Vital statistics of India. Vol. V, Reports of 1876 on armies & jails and on epidemic cholera
Year: 1876
Disease focus: Cholera
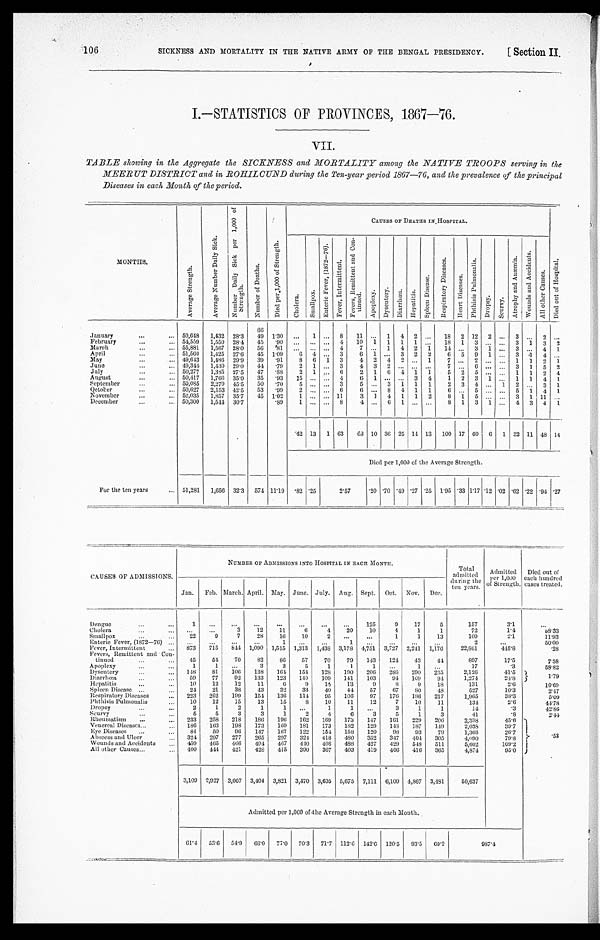
SICKNESS AND MORTALITY IN THE NATIVE ARMY OF THE BENGAL PRESIDENCY.
106
Section II.
I.—STATISTICS OF PROVINCES, 1867—76.
VII.
TABLE showing in the Aggregate the SICKNESS and MORTALITY among the NATIVE TROOPS serving in the
MEERUT DISTRICT and in ROHILCUND during the Ten-year period 1867—76, and the prevalence of the principal
Diseases in each Month of the period.
MONTHS.
A v e r a g e S t r e n g t h .
A v e r a g e N u m b e r D a i l y S i c k .
N u m b e r D a i l y S i c k p e r 1 , 0 0 0 o f S t r e n g t h .
N u m b e r o f D e a t h s .
D i e d p e r 1 , 0 0 0 o f S t r e n t h .
CAUSES OF DEATHS IN HOSPITAL.
D i e d o u t o f H o s p i t a l .
C h o l e r a .
S m a l l p o x .
E n t e r i c F e v e r , ( 1 8 7 2 - 7 6 )
F e v e r , I n t e r mi t t e d .
F e v e r s , R e n i t t e n t a n d C o n - i n u e d . A p o p l e x y .
A p o p l e x y .
D y s e n t e r y .
D i a r r h œ a .
H e p a t i t i s .
S p l e e n D i s e a s e .
R e s p i r a t o r y D i s e a s e s .
H e a r t D i s e a s e s .
P h t h i s i s P u l m o n a l i s .
D r o p s y .
S c u r v y .
A t r o p h y a n d A n æ m i a .
W o u n d s a n d A c c i d e n t s .
A l l o t h e r C a u s e s .
66
January . . .
50,648
1,432
28.3
49
1.30
. . .
1
. . . 8
11
. . . 1
4
2
. . .
18
2 12
2
. . . 3
. . . 2
. . .
February . . .
54,559
1,550 28.4
45
.90
. . .
. . .
. . . 4
10
1
1
1
1
. . .
18
1
3
. . .
. . . 3
1
3
2
March . . .
55,881
1,567
28.0
56
.81
. . .
. . .
. . . 4
7
. . . 1
4
2
1
11
. . . 3
1
. . . 3
. . . 4
1
April . . .
51,560
1,425
27.6
45
1.09
6
4
. . . 3
6
1
. . . 3
2
2
6
5
9
1
. . . 3
1
4
. . .
May . . .
49,643
1,486
29.9
39
.91
8
6
1
3
4
2
4
5
. . . 1
7
. . . 2
. . .
. . . 1
1
2
1
June . . .
49,344
1,430
29.0
44
.79
2
1
. . . 3
4
3
2
. . .
. . .
. . .
7
. . .
6
. . .
. . . 3
1
5
2
July . . .
50,277
1,385 27.5
47
. 8 8
2
1
. . . 6
2
1
6
4
1
1
5
2
5
. . .
. . . 1
1
2
4
August . . .
50,417
1,766
35.0
35
.93
15
. . .
. . . 4
6 1
. . .
. . . 3
4
1
2
3
1
. . . 1
1
4
1
September . . .
50,085
2,279
45.5
50
.70
5
. . .
. . . 3
5
. . . 3
1
1
1
2
3
4
. . . 1
2
. . . 3
1
October . . .
50,627
2,153 42.5
53
.99
2
. . .
. . . 6
6
. . . 8
4
1
1
6
. . . 5
. . .
. . . 5
1
4
1
November . . .
52,035
1,857
35.7
45
1.02
1
. . .
. . . 11
3
1
4
1
1
2
8
1
5
. . .
. . . 3
1 11
. . .
December . . .
50,300
1,544 30.7
.89
1
. . .
. . . 8
4
. . . 6
1
. . .
. . .
8
1
3
1
. . . 4
3
4
1
42 13
1 63
6 8 10 36 25 11 13
100 17 60
6
1 32 11 48 14
Died per 1,000 of the Average Strength.
For the ten years . . . 51,281
1,656 32.3
574 11.19
.82 .25
2.57
.20 .70 .49 .27 .25
1.95 .33 1.17 .12 .02 .62 .22 .94 .27
CAUSES OF ADMISSIONS.
NUMBER OF ADMISSIONS INTO HOSPITAL IN EACH MONTH.
Total
admitted
during the
ten years.
Admitted
per 1,000
of Strength.
Died out of
each hundred
cases treated.
Jan.
Feb. March. April. May. June. July.
Aug. Sept.
Oct.
Nov.
Dec.
Dengue . . .
1
. . .
. . .
. . .
. . .
. . .
. . .
. . .
125
9
17
5
157
3.1
. . .
Cholera . . .
. . .
. . .
3
12
11
6
4
20
10
4
1
1
72
1.4
58.33
Smallpox . . .
22
9
7
28
16
10
2
. . .
. . .
1
1
13
109
2.1
11.93
Enteric Fever, (1872—70) . . .
. . .
. . .
. . .
. . .
1
. . .
. . .
1
. . .
. . .
. . .
. . .
2
. . .
50.00
Fever, Intermittent . . .
873
715
844 1,090
1,515
1,313
1,438 3,178 1,751
3,727 2,241
1,176
22,861
445.8
.28
Fevers, Remittent and Con-
tinued . . .
45
51
70
82
80
57
70
79
143
124
43
44
897
17.5
7.58
Apoplexy . . .
1
1
. . .
3
3
5
1
1
1
. . .
1
. . .
17
.3
58.82
Dysentery . . .
148
81
106
138
164
154
128
190
206
286
290
235
2,126
41.5
1 . 7 9
Diarrhœa . . .
59
77
92
133
123
140
109
141
103
91
109
94
1,274
24. 8
Hepatitis . . .
10
12
12
11
6
9
14
13
9
8
9
18
131
2.6
10.69
Spleen Disease . . .
24
21
38
43
32
33
40
44
57
67
8 0
4 8
527
10.3
2.47
Respiratory Diseases . . .
223
262
199
154
136
114
95
106
97
176
186
217
1,965
38.3
5.09
Phthisis Pulmonalis . . .
10
12
15
13
15
8
10
11
12
7
10
11
134
2.6
44.78
Dropsy . . .
2
1
2
1
1
. . .
1
1
. . .
3
1
1
14
.3
42.86
Scurvy . . .
5
5
3
3
1
2
4
6
3
5
1
3
41
.8
2.44
Rheumatism . . .
233
258
218
186
196
162
169
173
147
161
229
206
2,338
45.6
.53
Venereal Diseases . . .
186
163
198
173
169
181
173
182
129
148
187
149
2,038
39.7
Eve Diseases . . .
84
50
9 6
147
167
122
154
158
120
98
93
79
1,368
26.7
Abscess and Ulcer . . .
324
297
277
265
297
324
418
480
352
347
401
305
4,090
79.8
Wounds and Accidents . . .
459
465
466
494
467
440
408
498
427
429
548
511
5,602
109.2
All other Causes . . .
400
444
421
428
415
390
367
403
419
406
416
365
4,874
95.0
3,109
2,927
3,067
3,404
3,821
3,470 3,605 5,675
7,111
6,100 4,867
3,481
50,637
Admitted per 1,000 of the Average Strength in each Mouth.
61.4
53.6
54.9
6 6 . 0 77.0
70.3
71.7
112.6 142.0
120.5
93.5
69.2
987.4